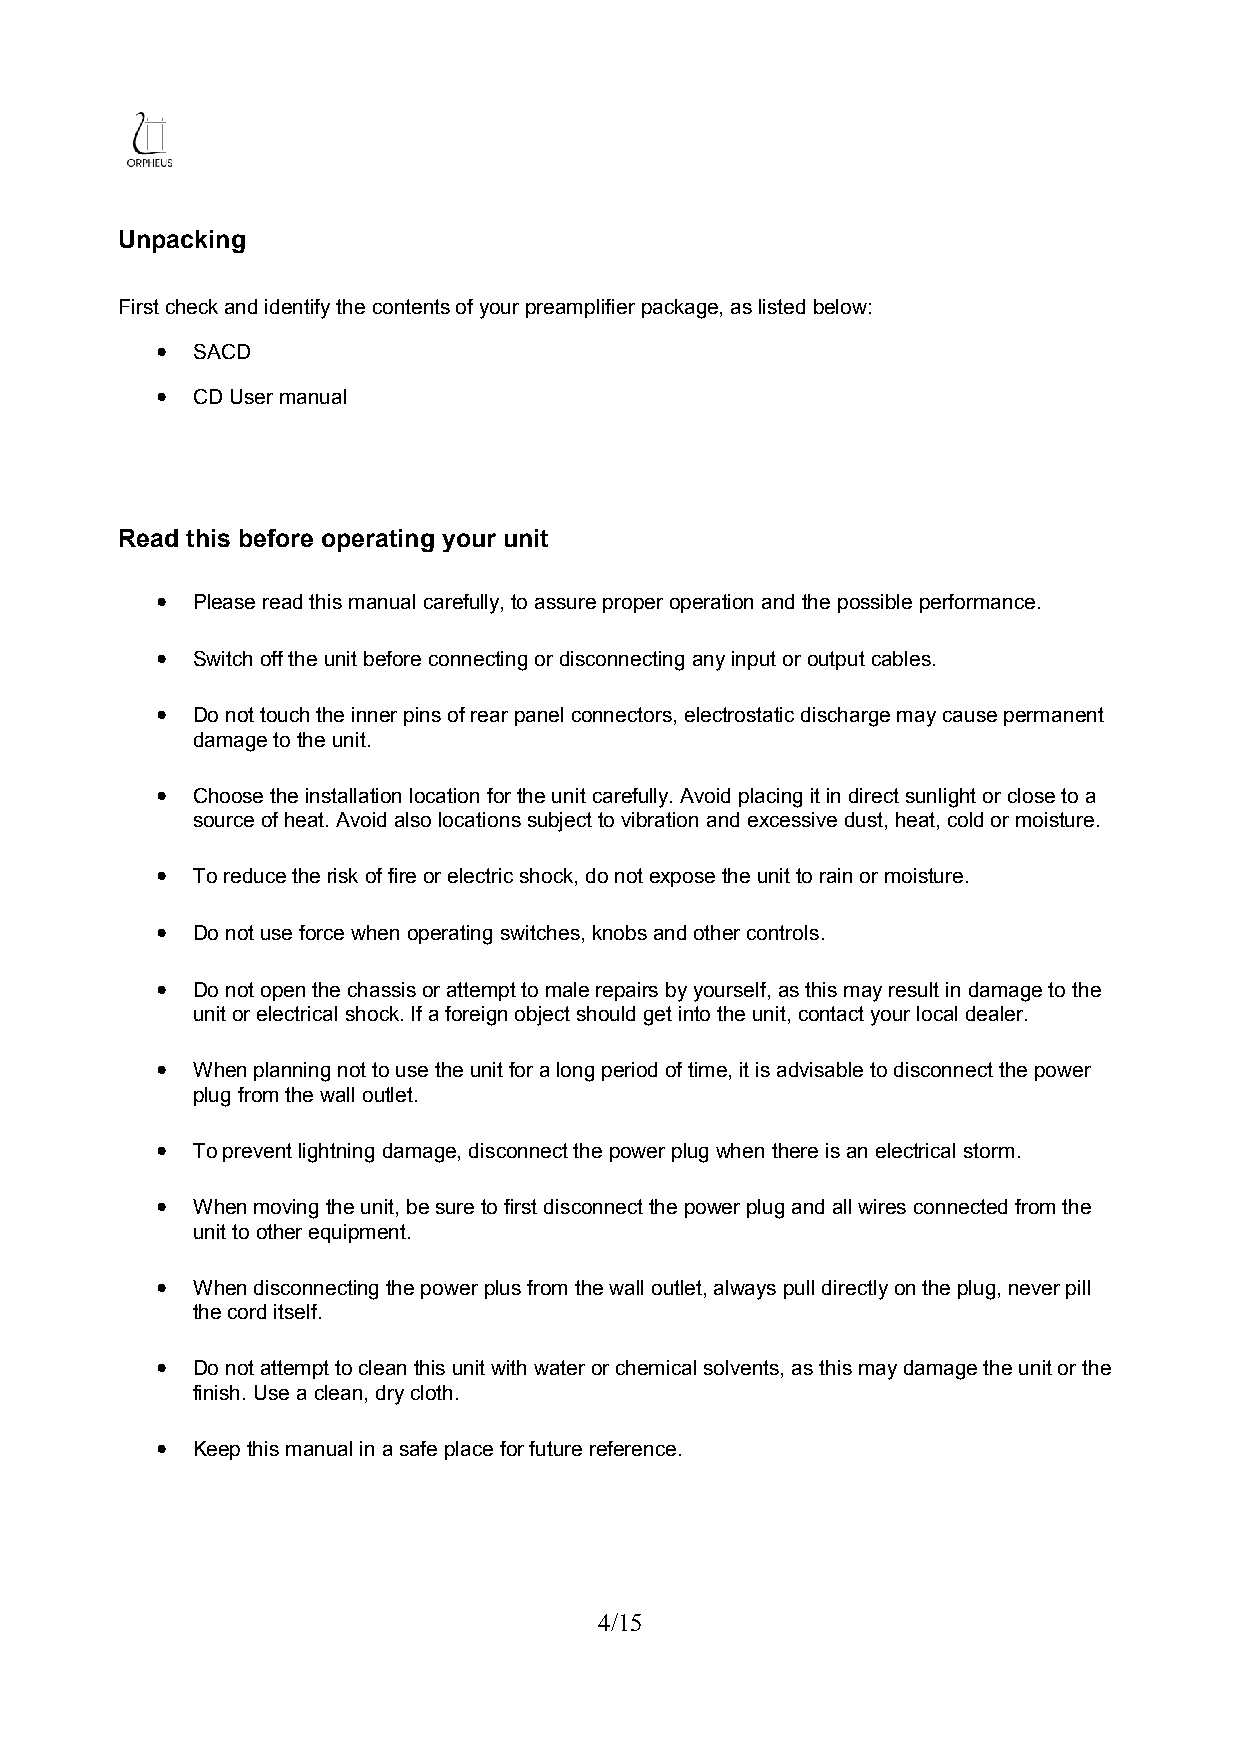
Unpacking
 First check and identify the contents of your preamplifier package, as listed below:
 ●  SACD
 ●  CD User manual
 Read this before operating your unit
 ●  Please read this manual carefully, to assure proper operation and the possible performance.
 ●  Switch off the unit before connecting or disconnecting any input or output cables.
 ●  Do not touch the inner pins of rear panel connectors, electrostatic discharge may cause permanent
 damage to the unit.
 ●  Choose the installation location for the unit carefully. Avoid placing it in direct sunlight or close to a
 source of heat. Avoid also locations subject to vibration and excessive dust, heat, cold or moisture.
 ●  To reduce the risk of fire or electric shock, do not expose the unit to rain or moisture.
 ●  Do not use force when operating switches, knobs and other controls.
 ●  Do not open the chassis or attempt to male repairs by yourself, as this may result in damage to the
 unit or electrical shock. If a foreign object should get into the unit, contact your local dealer.
 ●  When planning not to use the unit for a long period of time, it is advisable to disconnect the power
 plug from the wall outlet.
 ●  To prevent lightning damage, disconnect the power plug when there is an electrical storm.
 ●  When moving the unit, be sure to first disconnect the power plug and all wires connected from the
 unit to other equipment.
 ●  When disconnecting the power plus from the wall outlet, always pull directly on the plug, never pill
 the cord itself.
 ●  Do not attempt to clean this unit with water or chemical solvents, as this may damage the unit or the
 finish. Use a clean, dry cloth.
 ●  Keep this manual in a safe place for future reference.
 4/15